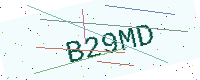
Text: B29MD